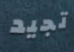
تجيد